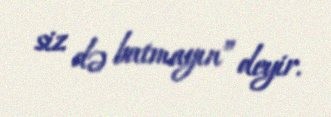
siz də batmayın” deyir.